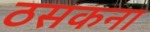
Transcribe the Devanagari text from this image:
ठसकना